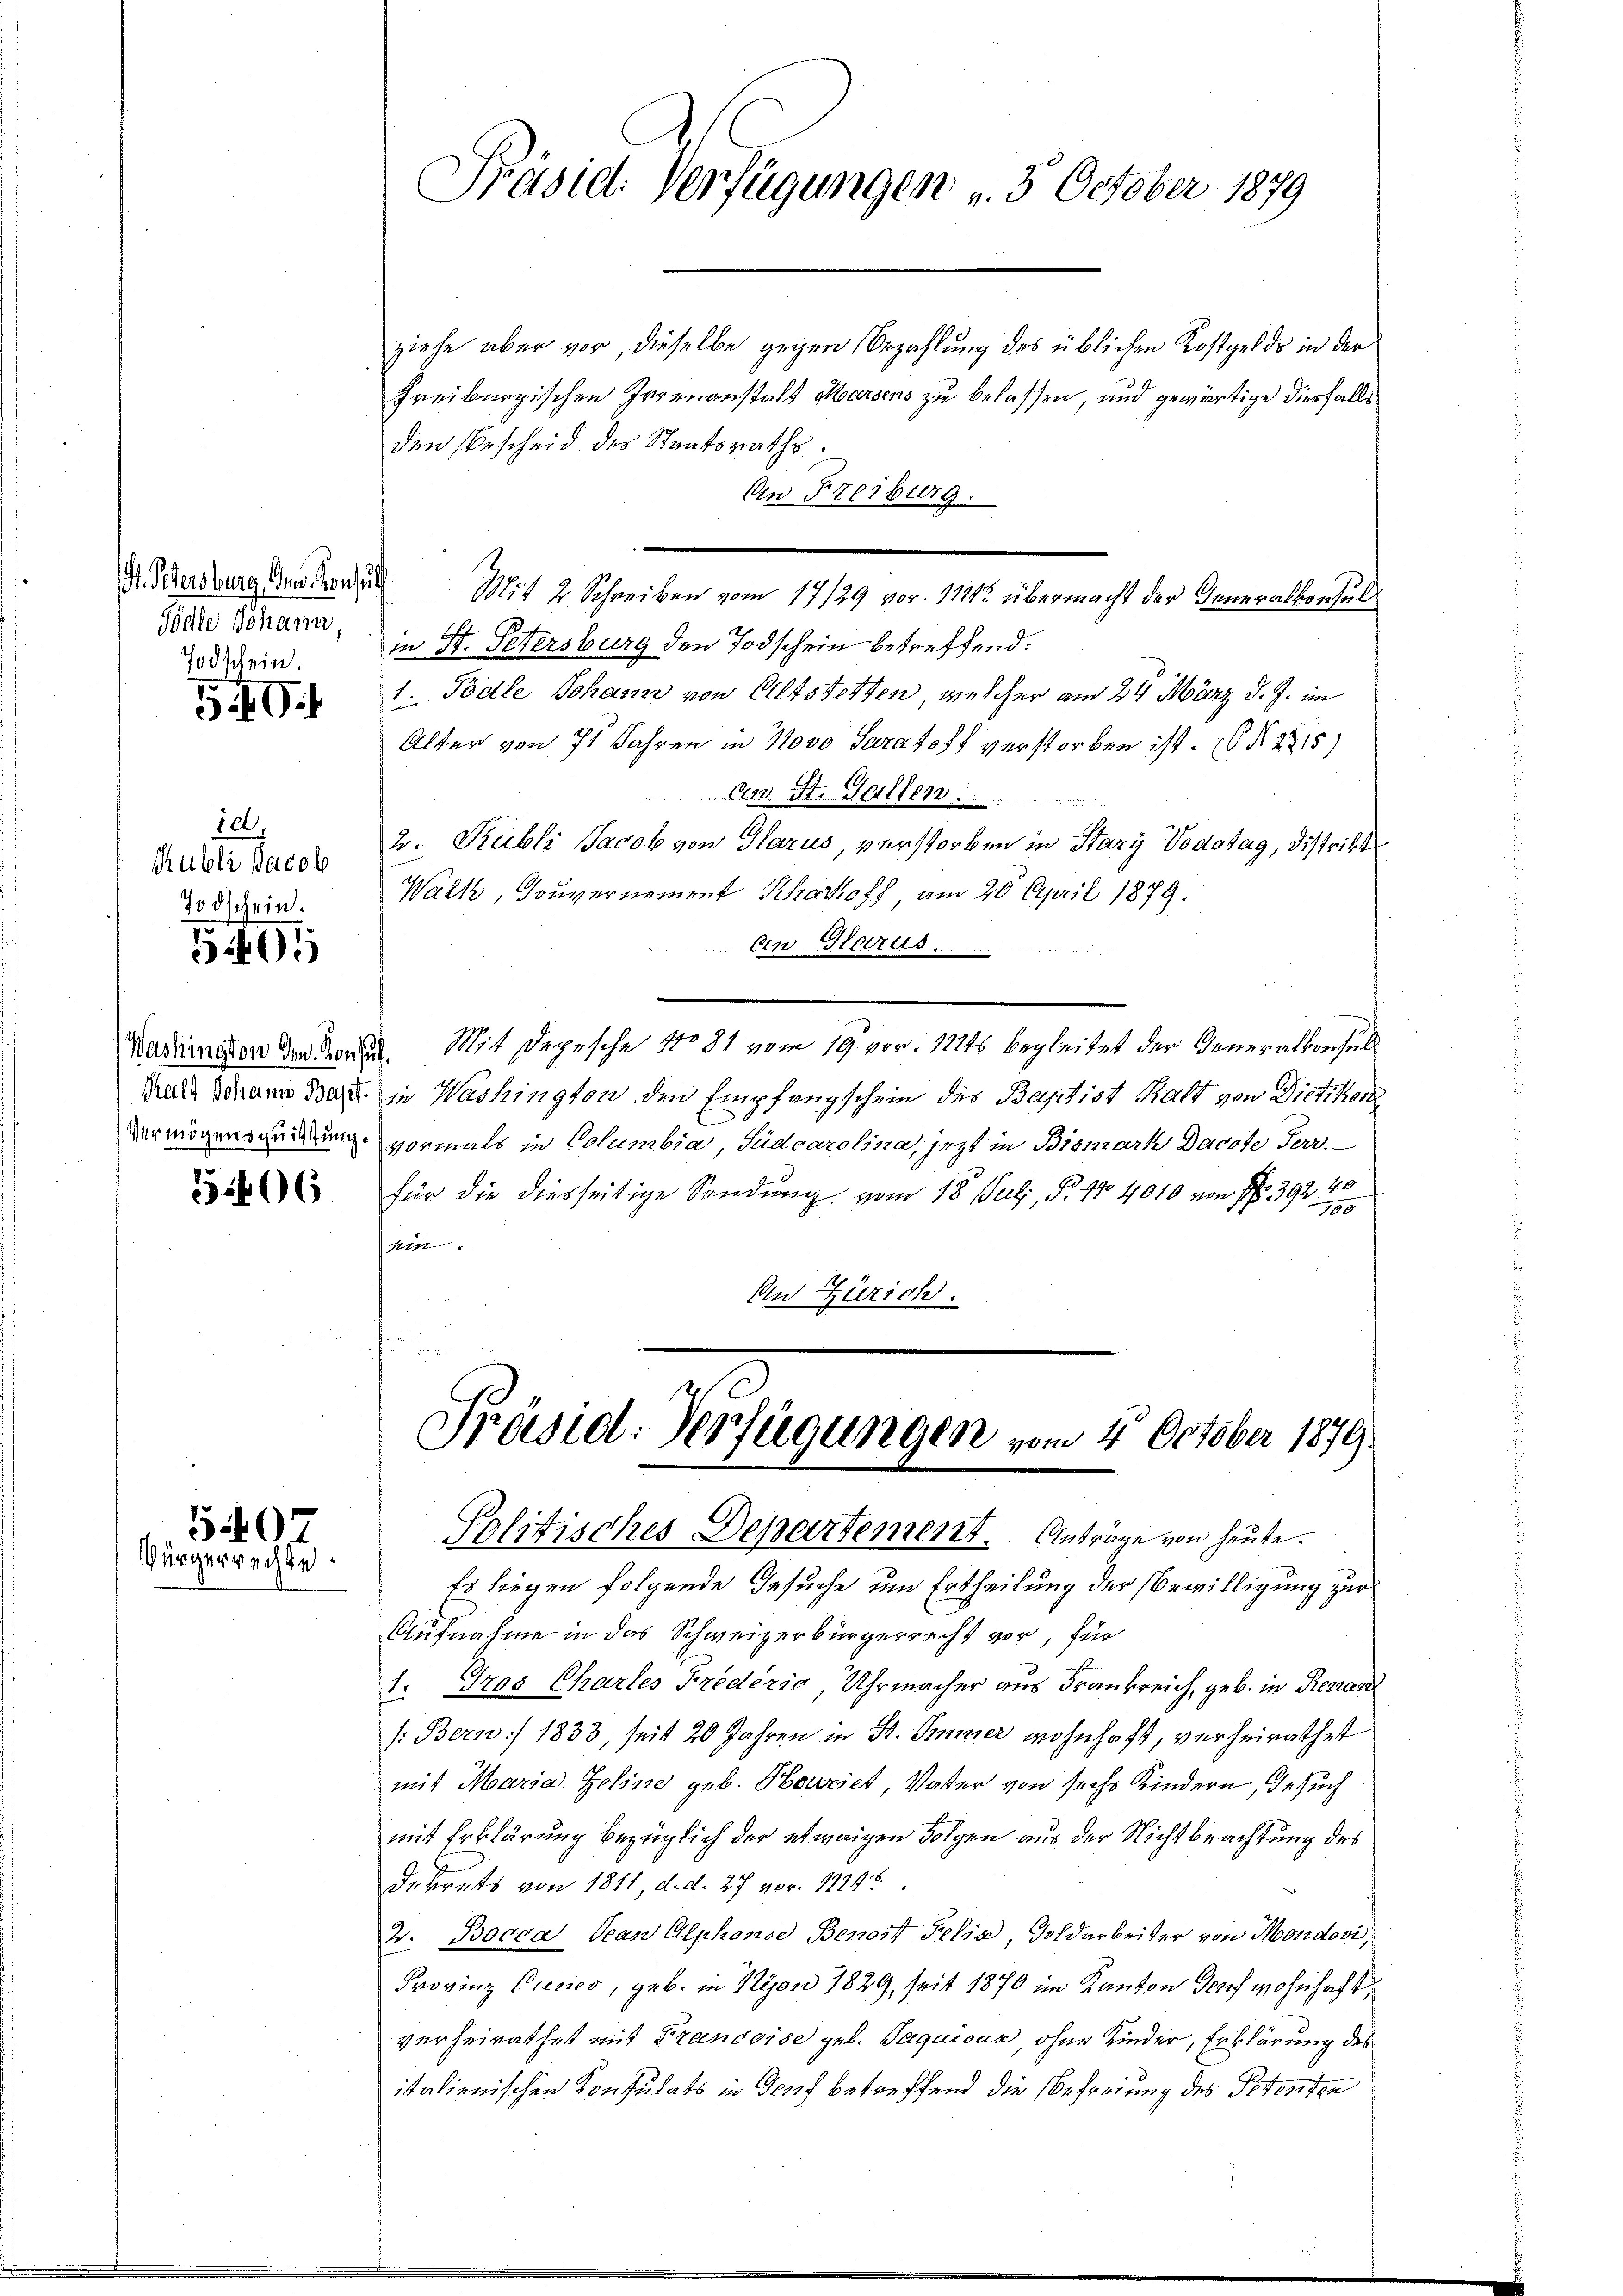
Södle Johann,
Todschein.

5.10.1

10,
Rubli Jacob
Todschein.

591

5406

540
Bürgerrechte.

ziehe aber vor, dieselbe gegen Bezahlung des üblichen Kostgelds in der
Freiburgischen Irrenanstalt Marsens zu belassen, und gewärtige diesfalls
den bescheid des Staatsraths.
An Freiburg.
Dr. Schersburg der Gener Mit 2 Schreiben vom 17/29 vor. 111 übermacht der Inneralkonsul
in St. Petersburg den Todschein betreffend.
1.Pödle Johann von Altstetten, welcher am 24. März d. J. im
Alter von 71 Jahren in Novo Saratoff verstorben ist. Nr. 225)
An St. Gall 849
2. Publi Jacob von Glarus, verstorben in Stary Vodotag, Distrikt
Walk, Souvernement Kartoff, am 20. April 1879.
An Glarus.
Madamnation den den Mit Depesche No 81 vom 19. vor. 122ts begleitet der Generalkonsul¬
Kral Sonnen Bern in Washington den Empfangschein des Baptist Kraft von Dietikon
Vermögensgedrung vormals in Columbia, Sudcarolina, jezt in Bismarh Dacote Perr.
für die diesseitige Sendung vom 18. Juli, S. 47 4010 von Nr. 392
hi
An Zürich.
r

Präsid. Verfügungen v. 5. October 1879

Präsid. Verfügungen vom 4. October 1870.
Politisches Departement. Anträge von heute.

Es liegen folgende Gesuche um Ertheilung der Bewilligung zur
Aufnahme in das Schweizerbürgerrecht vor, für
1. Gros Chartes Fredérić, Uhrmacher aus Frankreich, geb. in Renau
/: Bern) 1833, seit 20 Jahren in St. Simmer wohnhaft, verheirathet
mit Maria Zeline geb. Howriet, Vater von sechs Kindern, Gesuch
mit Erklärung bezüglich der etwaigen Folgen aus der Nichtbeachtung des
dekrets von 1811, d. d. 27 vor. 1814.
W. Bocca, Jean Alphons Benort Selin, Soldarbeiter von Mondovi,
Provinz Cresses, geb. in Nyon 1829, seit 1870 im Kanton Torf wohnhaft
verheirathet mit Francoise geb. Jaquisur, ohne Kinder, Erklärung des
italienischen Konsulats in Genf betreffend die Befreiung des Petenten